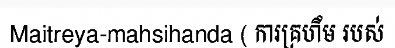
Maitreya-mahsihanda ( ការគ្រហឹម របស់